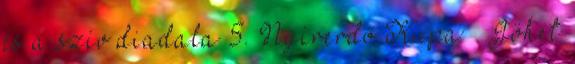
és a szív diadala 5. Nyírerdő Kupa – Jöhet